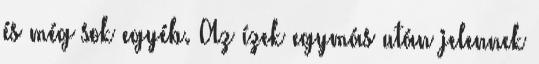
és még sok egyéb. Az ízek egymás után jelennek